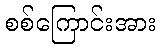
စစ်ကြောင်းအား